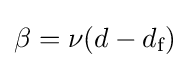
\beta =\nu (d-d_{\text{f}})\,\!